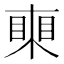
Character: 𥈸